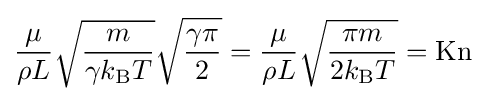
{\frac {\mu }{\rho L}}{\sqrt {\frac {m}{\gamma k_{\text{B}}T}}}{\sqrt {\frac {\gamma \pi }{2}}}={\frac {\mu }{\rho L}}{\sqrt {\frac {\pi m}{2k_{\text{B}}T}}}=\mathrm {Kn}